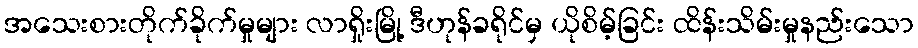
အသေးစားတိုက်ခိုက်မှုများ လာရှိုးမြို့ ဒီဟုန်ခရိုင်မှ ယိုစိမ့်ခြင်း ထိန်းသိမ်းမှုနည်းသော